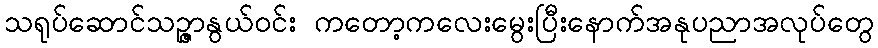
သရုပ်ဆောင်သဉ္ဇာနွယ်ဝင်း ကတော့ကလေးမွေးပြီးနောက်အနုပညာအလုပ်တွေ